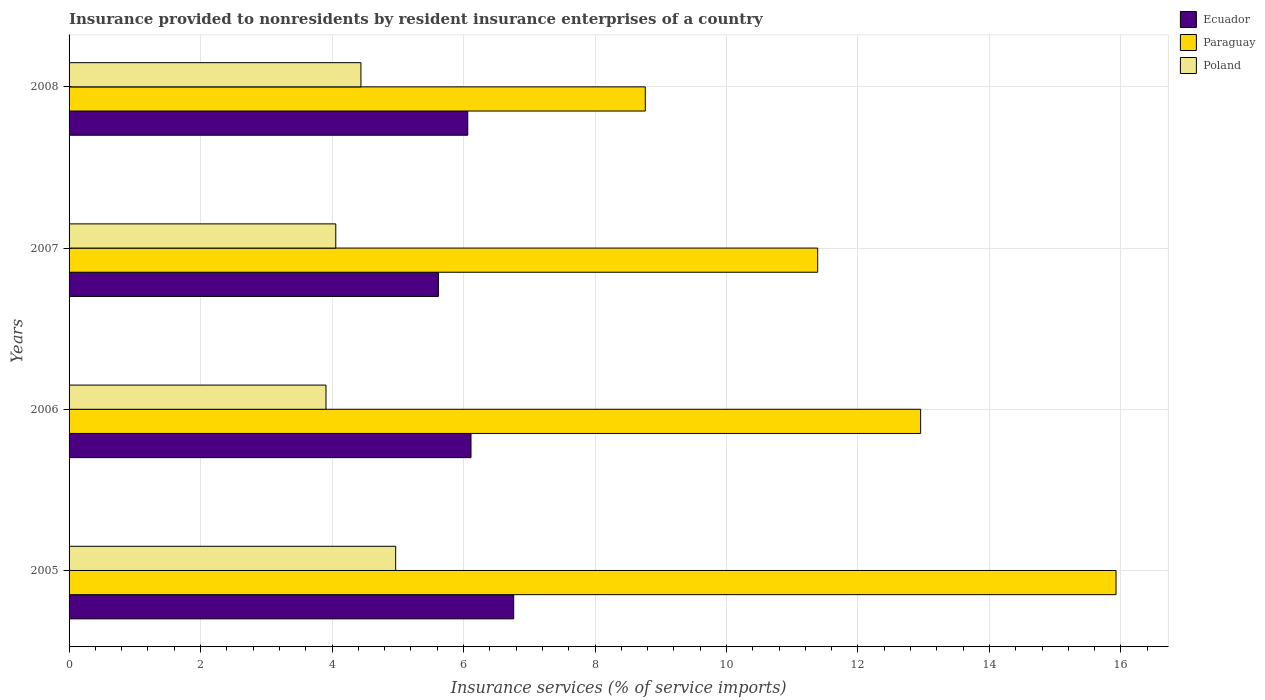
| Years | Ecuador | Paraguay | Poland |
 | --- | --- | --- | --- |
 | 2005 | 6.76 | 15.9 | 4.97 |
 | 2006 | 6.11 | 13 | 3.91 |
 | 2007 | 5.62 | 11.4 | 4.06 |
 | 2008 | 6.06 | 8.77 | 4.44 |